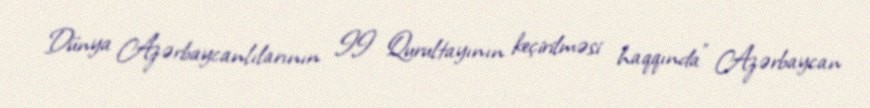
Dünya Azərbaycanlılarının II Qurultayının keçirilməsi haqqında" Azərbaycan